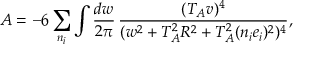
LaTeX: A = - 6 \sum _ { n _ { i } } \int \frac { d w } { 2 \pi } \, \frac { ( T _ { A } v ) ^ { 4 } } { ( w ^ { 2 } + T _ { A } ^ { 2 } R ^ { 2 } + T _ { A } ^ { 2 } ( n _ { i } e _ { i } ) ^ { 2 } ) ^ { 4 } } ,